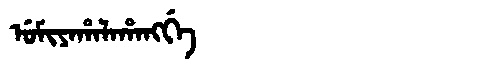
Manchu: ᡠᠮᡳᠶᠠᡥᠠᠯᠠᡥᠠᠩᡤᡝ
Romanization: UMIYAHALAHANGGE